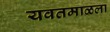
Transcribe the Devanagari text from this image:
यवतमाळला